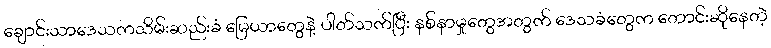
ချောင်းသာဒေသကသိမ်းဆည်းခံ မြေယာတွေနဲ့ ပါတ်သက်ပြီး နစ်နာမှုတွေအတွက် ဒေသခံတွေက တောင်းဆိုနေတဲ့